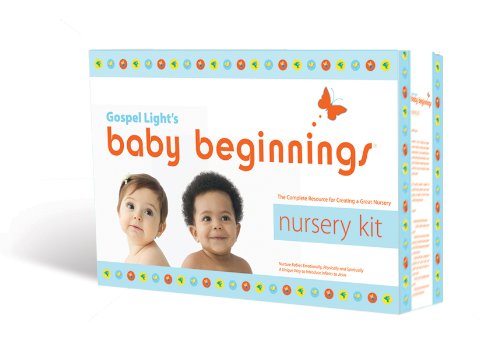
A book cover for Baby Beginnings Nursery Kit: Birth to 36 months: Reproducible LeadersEE Guides, song CD; Bible Story Picture Cards, posters, activities for babies and ... volunteer training (Nursery Bible Curriculum); Gospel Light; Christian Books & Bibles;